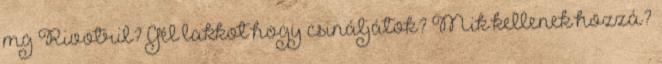
mg Rivotril? Gél lakkot hogy csináljátok? Mik kellenek hozzá?